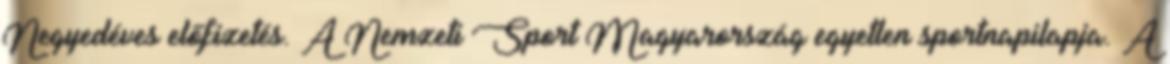
Negyedéves előfizetés. A Nemzeti Sport Magyarország egyetlen sportnapilapja. A